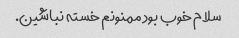
سلام خوب بود ممنونم خسته نباشین.